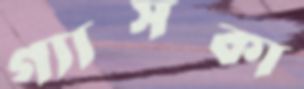
গ্যাসকা